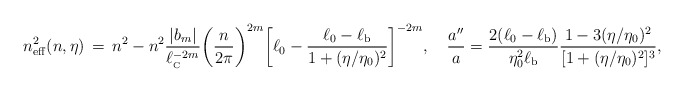
\begin{align*}n_{\rm eff}^2(n,\eta) \, = \, n^2-n^2\frac{\vert b_m \vert }{\ell_{_{\rm C}}^{-2m}} \biggl(\frac{n}{2\pi}\biggr)^{2m} \biggl[\ell_0-\frac{\ell _0-\ell _{\rm b}}{1+( \eta /\eta _0)^2}\biggr]^{-2m},\quad \frac{a''}{a}= \frac{2(\ell _0-\ell _{\rm b})}{\eta _0^2\ell_{\rm b}} \frac{1-3(\eta /\eta_0)^2}{[1+(\eta /\eta _0)^2]^3},\end{align*}